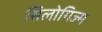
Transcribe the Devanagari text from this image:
सिलोगिज्म